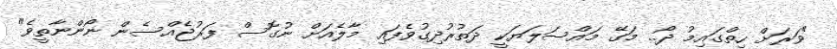
"ވަރަށް ހިތްގައިމު ދޯ.. މަގޭ މައްސަލަޔަކީ ދަތުރުދިގުވެފައި މާލެއަށް ނުގޮސް ފަރުޖެއްސެން ނޯންނާތީވެ"